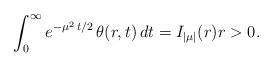
LaTeX: \begin{align*} \int_0^{\infty} e^{-\mu^2\,t/2}\,\theta(r,t)\,dt = I_{|\mu|}(r) r>0\/.\end{align*}